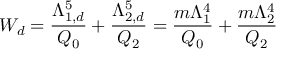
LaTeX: W _ { d } = \frac { \Lambda _ { 1 , d } ^ { 5 } } { \d Q _ { 0 } } + \frac { \Lambda _ { 2 , d } ^ { 5 } } { \d Q _ { 2 } } = \frac { m \Lambda _ { 1 } ^ { 4 } } { \d Q _ { 0 } } + \frac { m \Lambda _ { 2 } ^ { 4 } } { \d Q _ { 2 } }